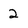
Character: 2